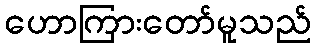
ဟောကြားတော်မူသည်